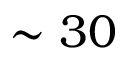
\sim 3 0